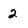
Character: 2